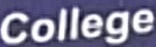
College